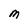
Character: M